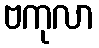
ဗကုလာ